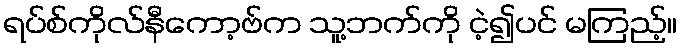
ရပ်စ်ကိုလ်နီကော့ဗ်က သူ့ဘက်ကို ငဲ့၍ပင် မကြည့်။